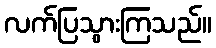
လက်ပြသွားကြသည်။